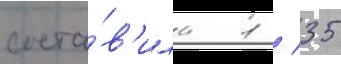
соста́в'ила 1 / 35